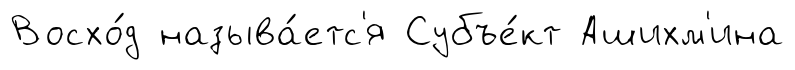
Восхо́д называ́етс'я Субъе́кт Ашихм'ина